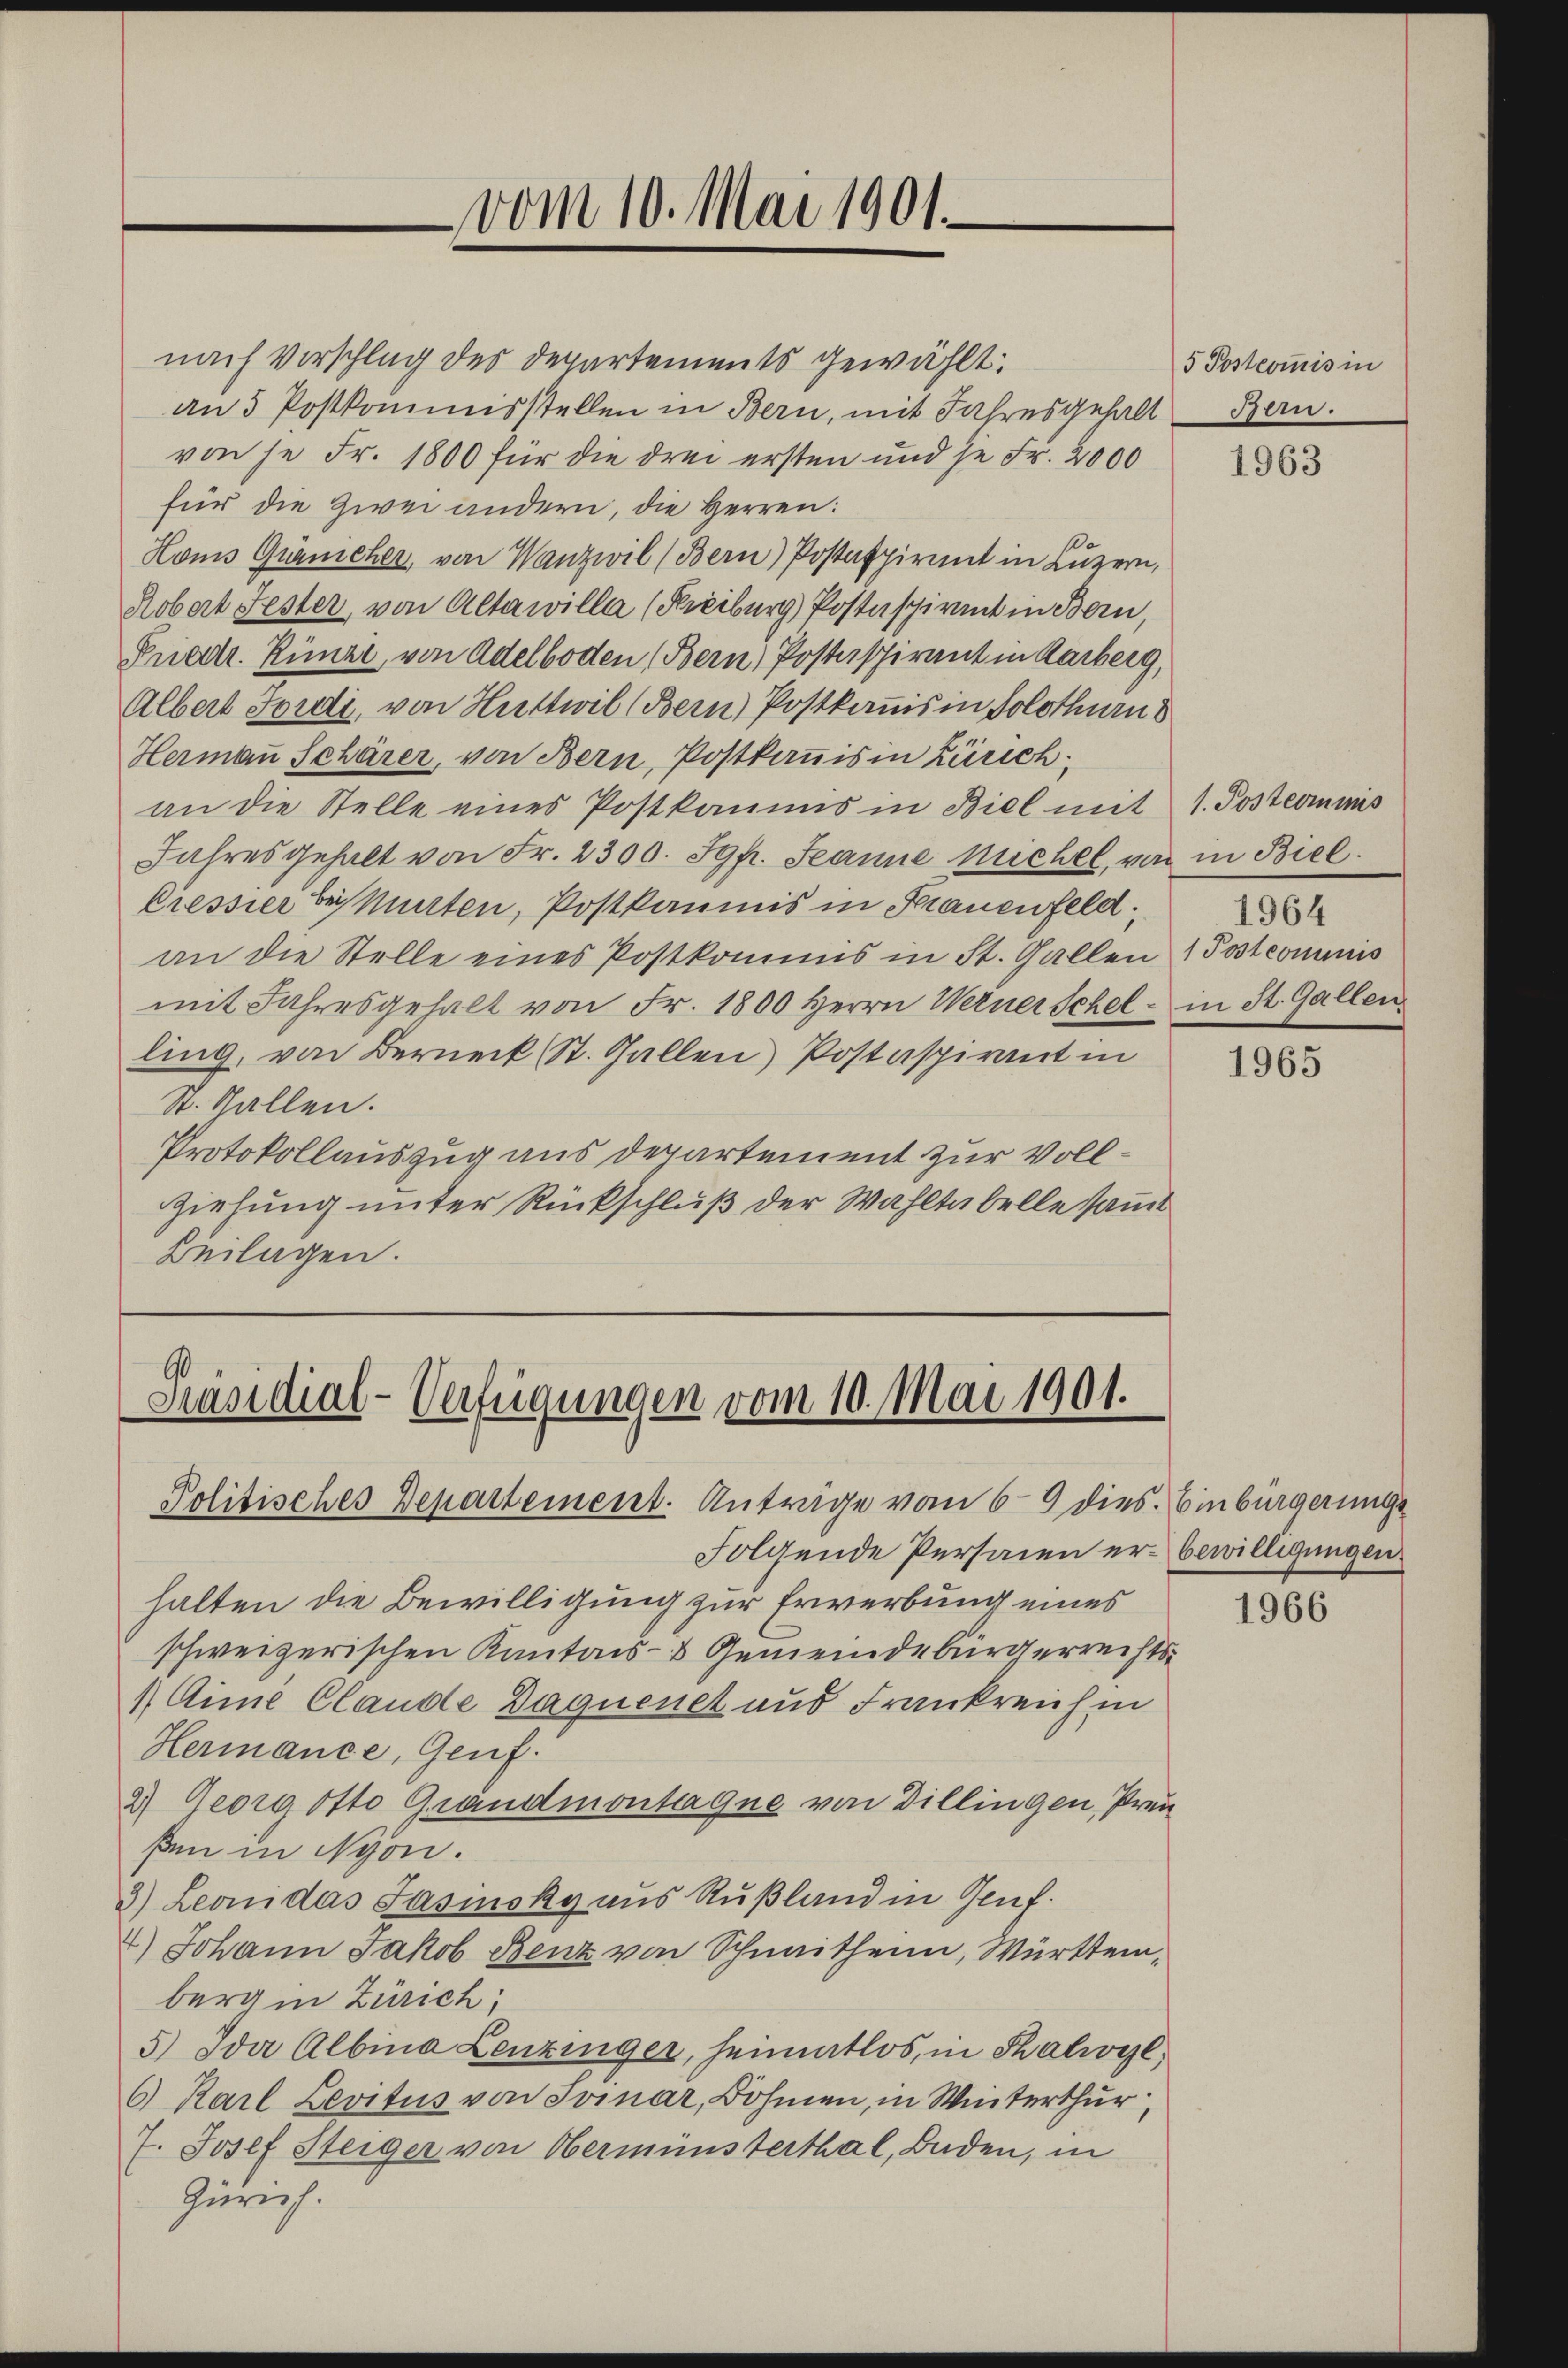
vom 10. Mai 1901.

nach Vorschlag des Departements gewählt:
an 5 Postkommisstellen in Bern, mit Jahresgehalt
von je Fr. 1800 für die drei ersten und je Fr. 2000
für die zwei andern, die Herren:
Homs Gränicher, von Wanzwil (Bern) Postaspirant in Luzern,
Robert Fester, von Altarilla (Freiburg) Postaspirant in Bern,
Priedr. Rünzi, von Adelboden (Bern Postspirant in Karberg,
Albert Fordi, von Huttwil (Bern Postkommis in Solothurn
Hermaṅ Schärer, von Bern, Postkommis in Zürich,
an die Stelle eines Postkamms in Biel mit 1. Postcommis
Jahres gehalt von Fr. 2300. Sgp. Jeanne michel, von in Biel.
Pressier bei Murten, Postkaunis in Frauenfeld.
an die Stelle eines Postkommis in St. Gallen Postcommis
mit Jahresgehalt von Fr. 1800 herrn Werner Schel - in St. Gallen
ling, von Berneck (St. Gallen Postaspirant in
St. Gallen.
Protokollauszug aus Departement zur Voll¬
Ziehung unter Rückschluß der Wahltabelle samt
Beilagen.

Präsidial-Verfügungen vom 10. Mai 1901.

Politisches Departement. Anträge vom 69 dies. Einbürgerungs
Folgende Personen er- bewilligungen
halten die Bewilligung zur Erwerbung eines
schweizerischen Kantons- & Gemeindebürgerrechts¬
1 Aime Claude Duquenet aus Frankreich in
Hermance, Genf.
2) Georg Otto Grandmontaque von Dillingen, Preu
ßen in Nyon.
3.) Leonidas Fasinsky aus Rußland in Genf.
4.) Johann Jakob Benz von Schnaitheim, Württem,
berg in Zürich;
5) Ida Albina Lenzinger, heimatlos, in Thalwyzl,
6 Karl Levitus von Jonar, Böhmen, in Winterthur
7. Josef Steiger von Oberminsterthal, Baden, in
Zürich.

5 Postcommis in
Bern.

1963

1964

1965

1966